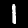
Digit: 1